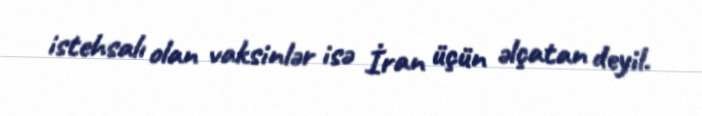
istehsalı olan vaksinlər isə İran üçün əlçatan deyil.